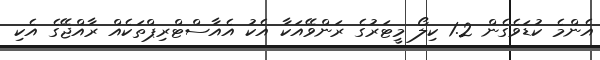
އެންމެ ކުޑަވެގެން 1.2 ކިލޯ މީޓަރުގެ ރަންވޭއަކާ އެކު އެއާސްޓްރިޕްތަކެއް ރާއްޖޭގެ އެކި